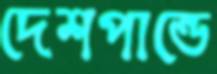
দেশপান্ডে